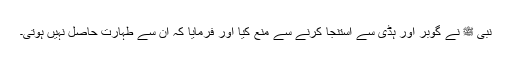
نبی ﷺ نے گوبر اور ہڈی سے استنجا کرنے سے منع کیا اور فرمایا کہ ان سے طہارت حاصل نہیں ہوتی۔